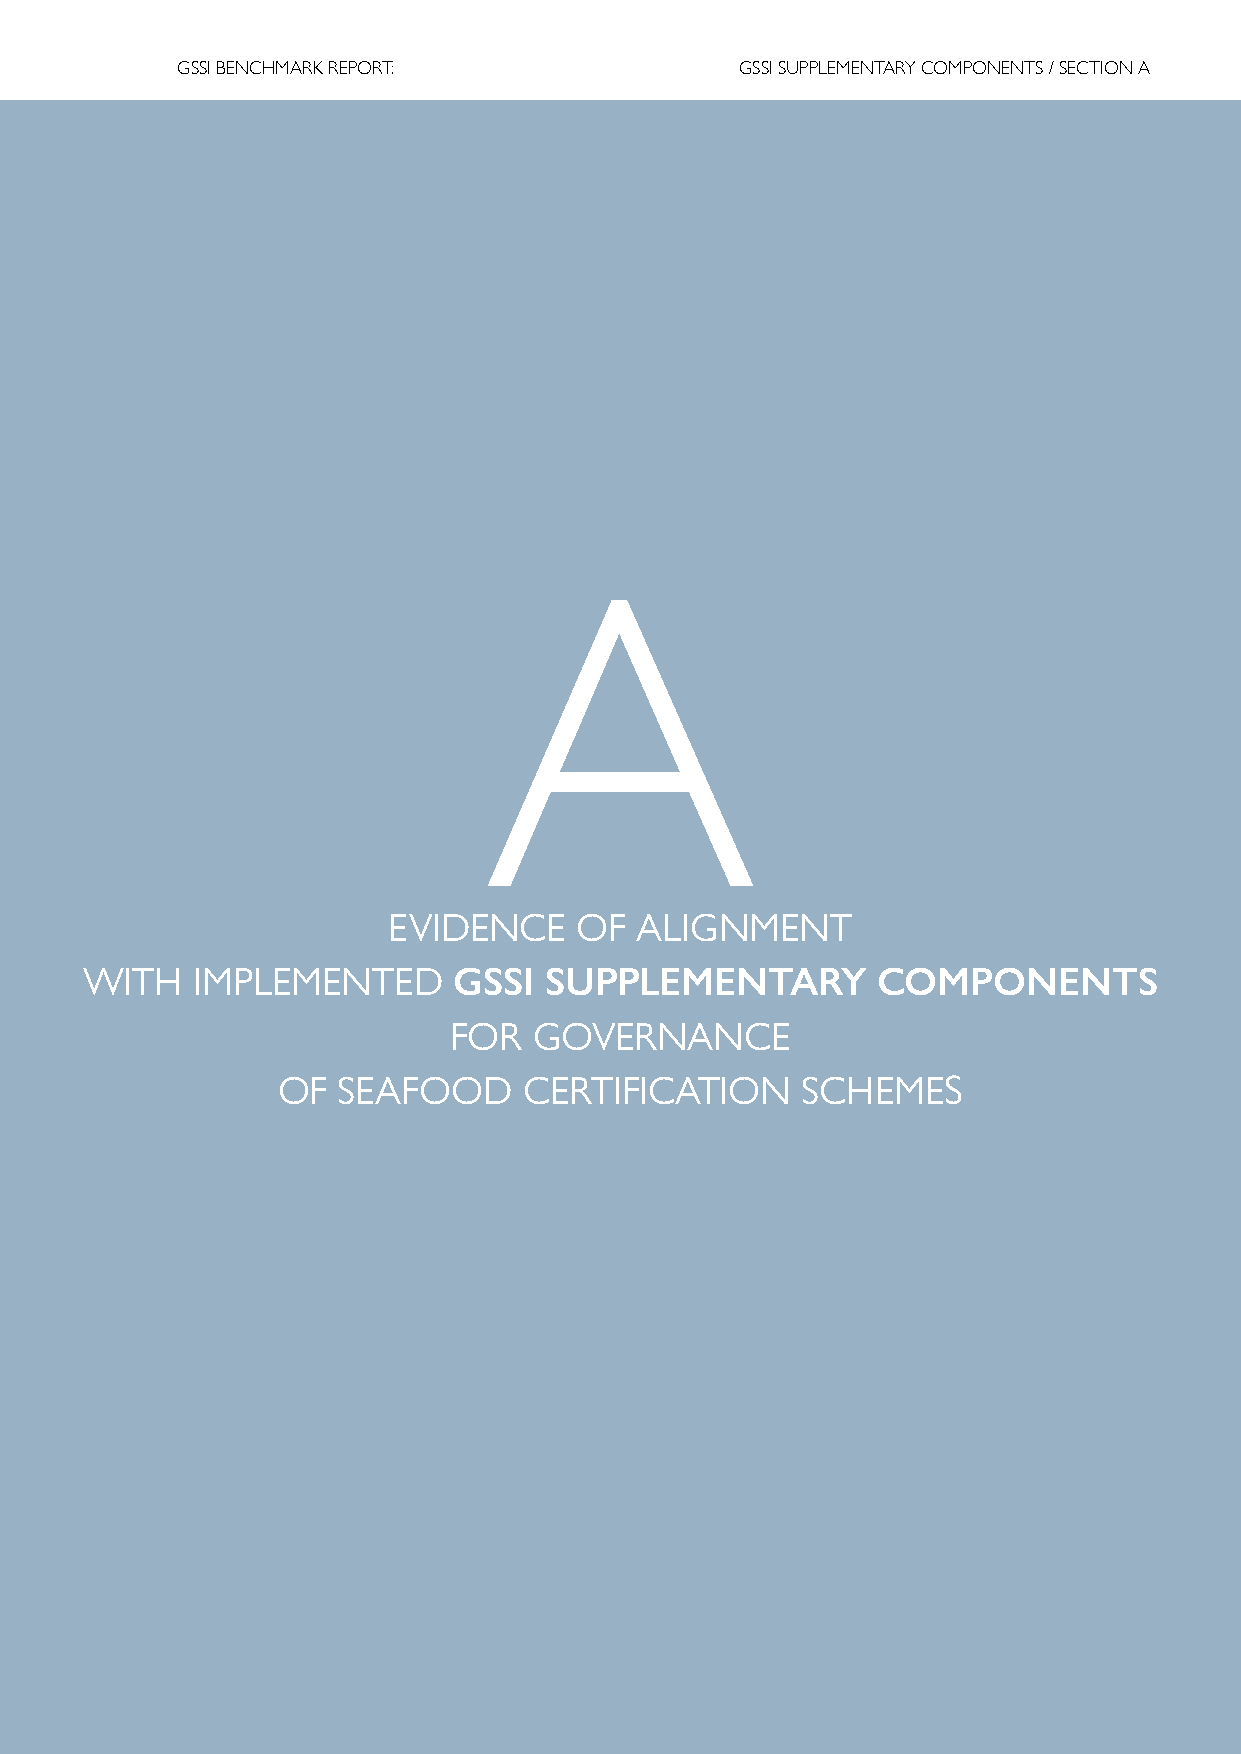
GSSI BENCHMARK REPORT:               GSSI SUPPLEMENTARY COMPONENTS / SECTION A
 AA
 EEVVIIDDEENNCCEE OOFF AALLIIGGNNMMEENNTT
 WWIITTHH IIMMPPLLEEMMEENNTTEEDD GGSSSSII SSUUPPPPLLEEMMEENNTTAARRYY CCOOMMPPOONNEENNTTSS
 FFOORR GGOOVVEERRNNAANNCCEE
 OOFF SSEEAAFFOOOODD CCEERRTTIIFFIICCAATTIIOONN SSCCHHEEMMEESS